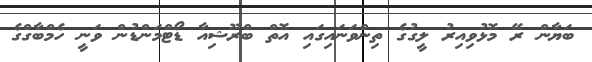
ބަޔާން ރޭ މޮޅުވިއިރު ލީގުގެ ތިންވަނައިގައި އޮތް ބްރޫޝިއާ ޑޯޓްމަންޑުން ވަނީ ހެމްބާގްގެ